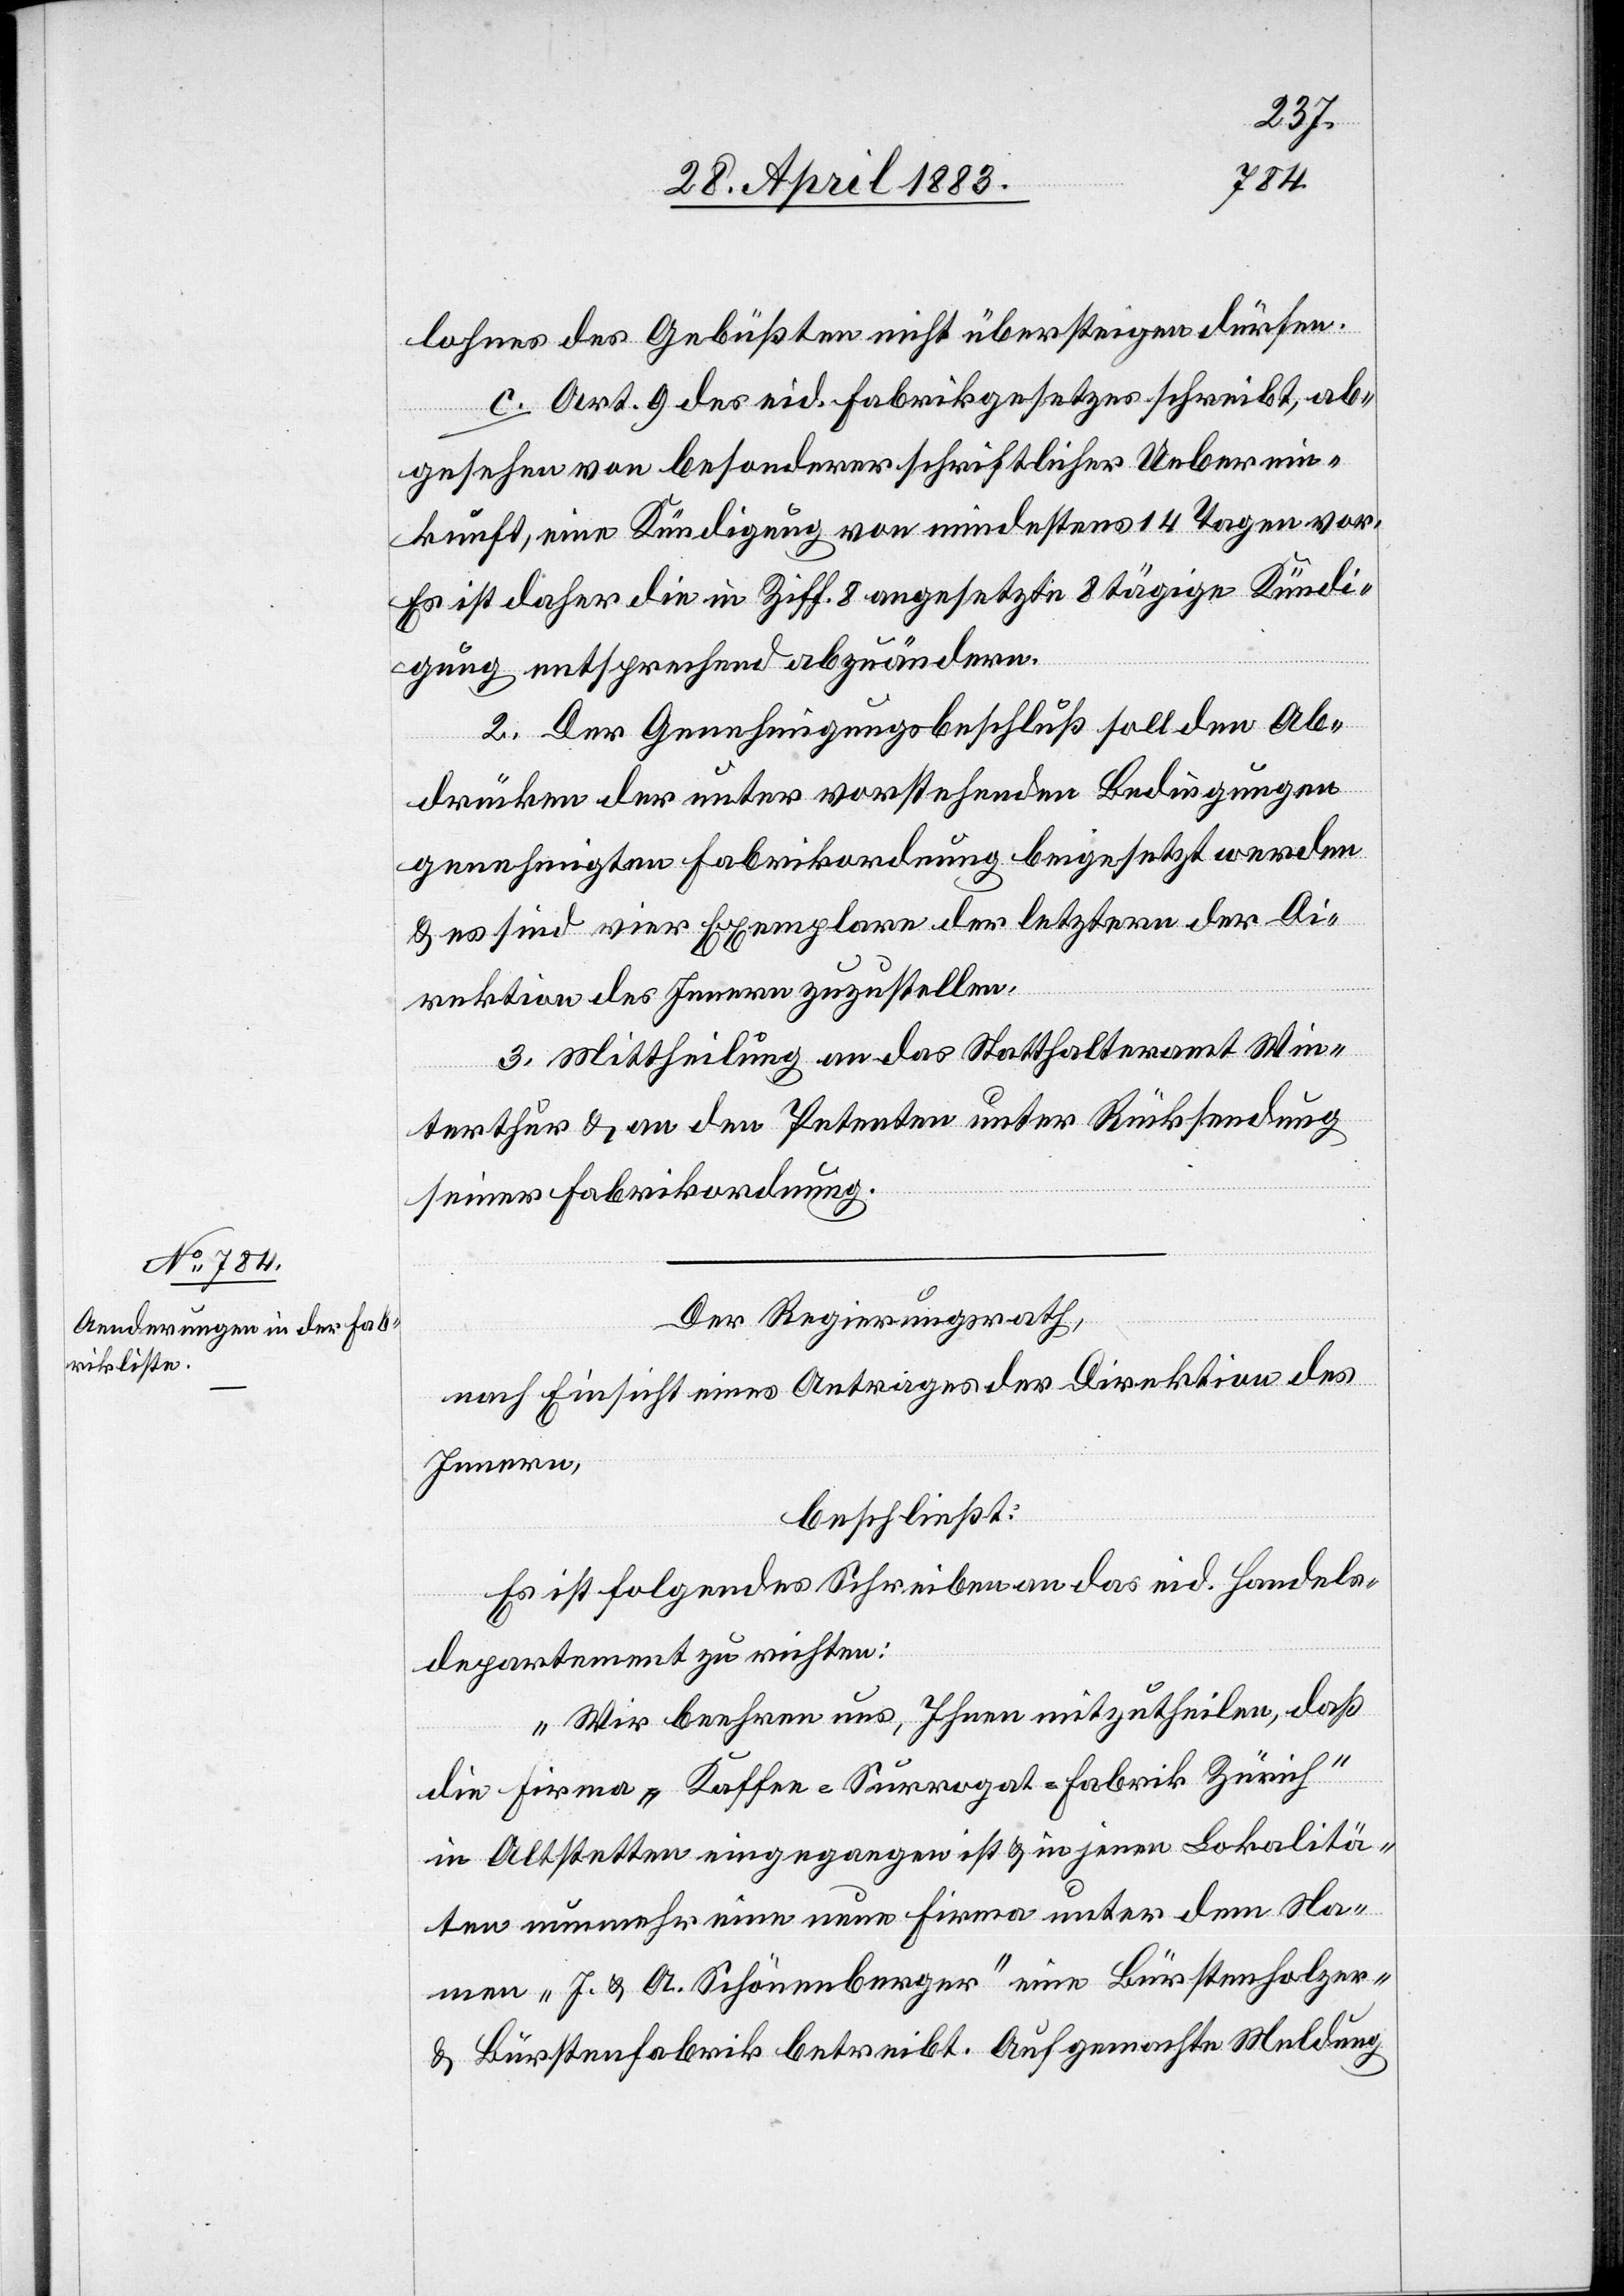
lohnes des Gebüßten nicht übersteigen dürfen.
c. Art. 9 des eid. Fabrikgesetzes schreibt, ab¬
gesehen von besonderer schriftlicher Ueberein¬
kunft, eine Kündigung von mindestens 14 Tagen vor.
Es ist daher die in Ziff. 8 angesetzte 8tägige Kündi¬
gung entsprechend abzuändern.
2. Der Genehmigungsbeschluß soll den Ab¬
drücken der unter vorstehenden Bedingungen
genehmigten Fabrikordnung beigesetzt werden
& es sind vier Exemplare der letztern der Di¬
rektion des Innern zuzustellen.
3. Mittheilung an das Statthalteramt Win¬
terthur & an den Petenten unter Rücksendung
seiner Fabrikordnung.
Der Regierungsrath,
nach Einsicht eines Antrages der Direktion des
Innern,
beschließt:
Es ist folgendes Schreiben an das eid. Handels¬
departement zu richten:
„Wir beehren uns, Ihnen mitzutheilen, daß
die Firma „Kaffee-Surrogat-Fabrik Zürich“
in Altstetten eingegangen ist & in jenen Lokalitä¬
ten nunmehr eine neue Firma unter dem Na¬
men „J. & A. Schönenberger“ eine Bürstenholzer-
& Bürstenfabrik betreibt. Auf gemachte Meldung